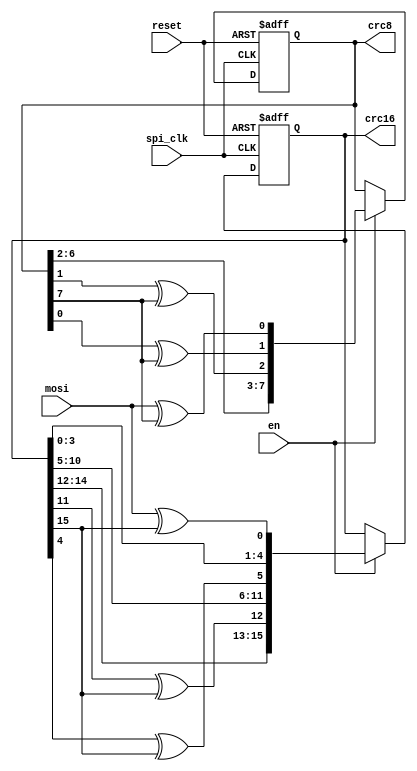
module crc_manager(
    input reset,
    input en,
    input spi_clk,
    input mosi,
    output reg [7:0] crc8 = 8'h00,
    output reg [15:0] crc16 = 16'h0000
);
    always @(negedge spi_clk or posedge reset) begin
        if (reset) begin
            crc8 <= 8'h00;
            crc16 <= 16'h0000;
        end else begin
            if (en) begin
                // CRC-8 CCITT, polynomial 0x07
                crc8 <= {
                    crc8[6],
                    crc8[5],
                    crc8[4],
                    crc8[3],
                    crc8[2],
                    crc8[1]^crc8[7],
                    crc8[0]^crc8[7],
                    mosi^crc8[7]
                };

                // CRC-16 CCITT, polynomial 0x1021
                crc16 <= {
                    crc16[14],
                    crc16[13],
                    crc16[12],
                    crc16[11]^crc16[15],
                    crc16[10],
                    crc16[9],
                    crc16[8],
                    crc16[7],
                    crc16[6],
                    crc16[5],
                    crc16[4]^crc16[15],
                    crc16[3],
                    crc16[2],
                    crc16[1],
                    crc16[0],
                    mosi^crc16[15]
                };
            end
        end
    end
endmodule